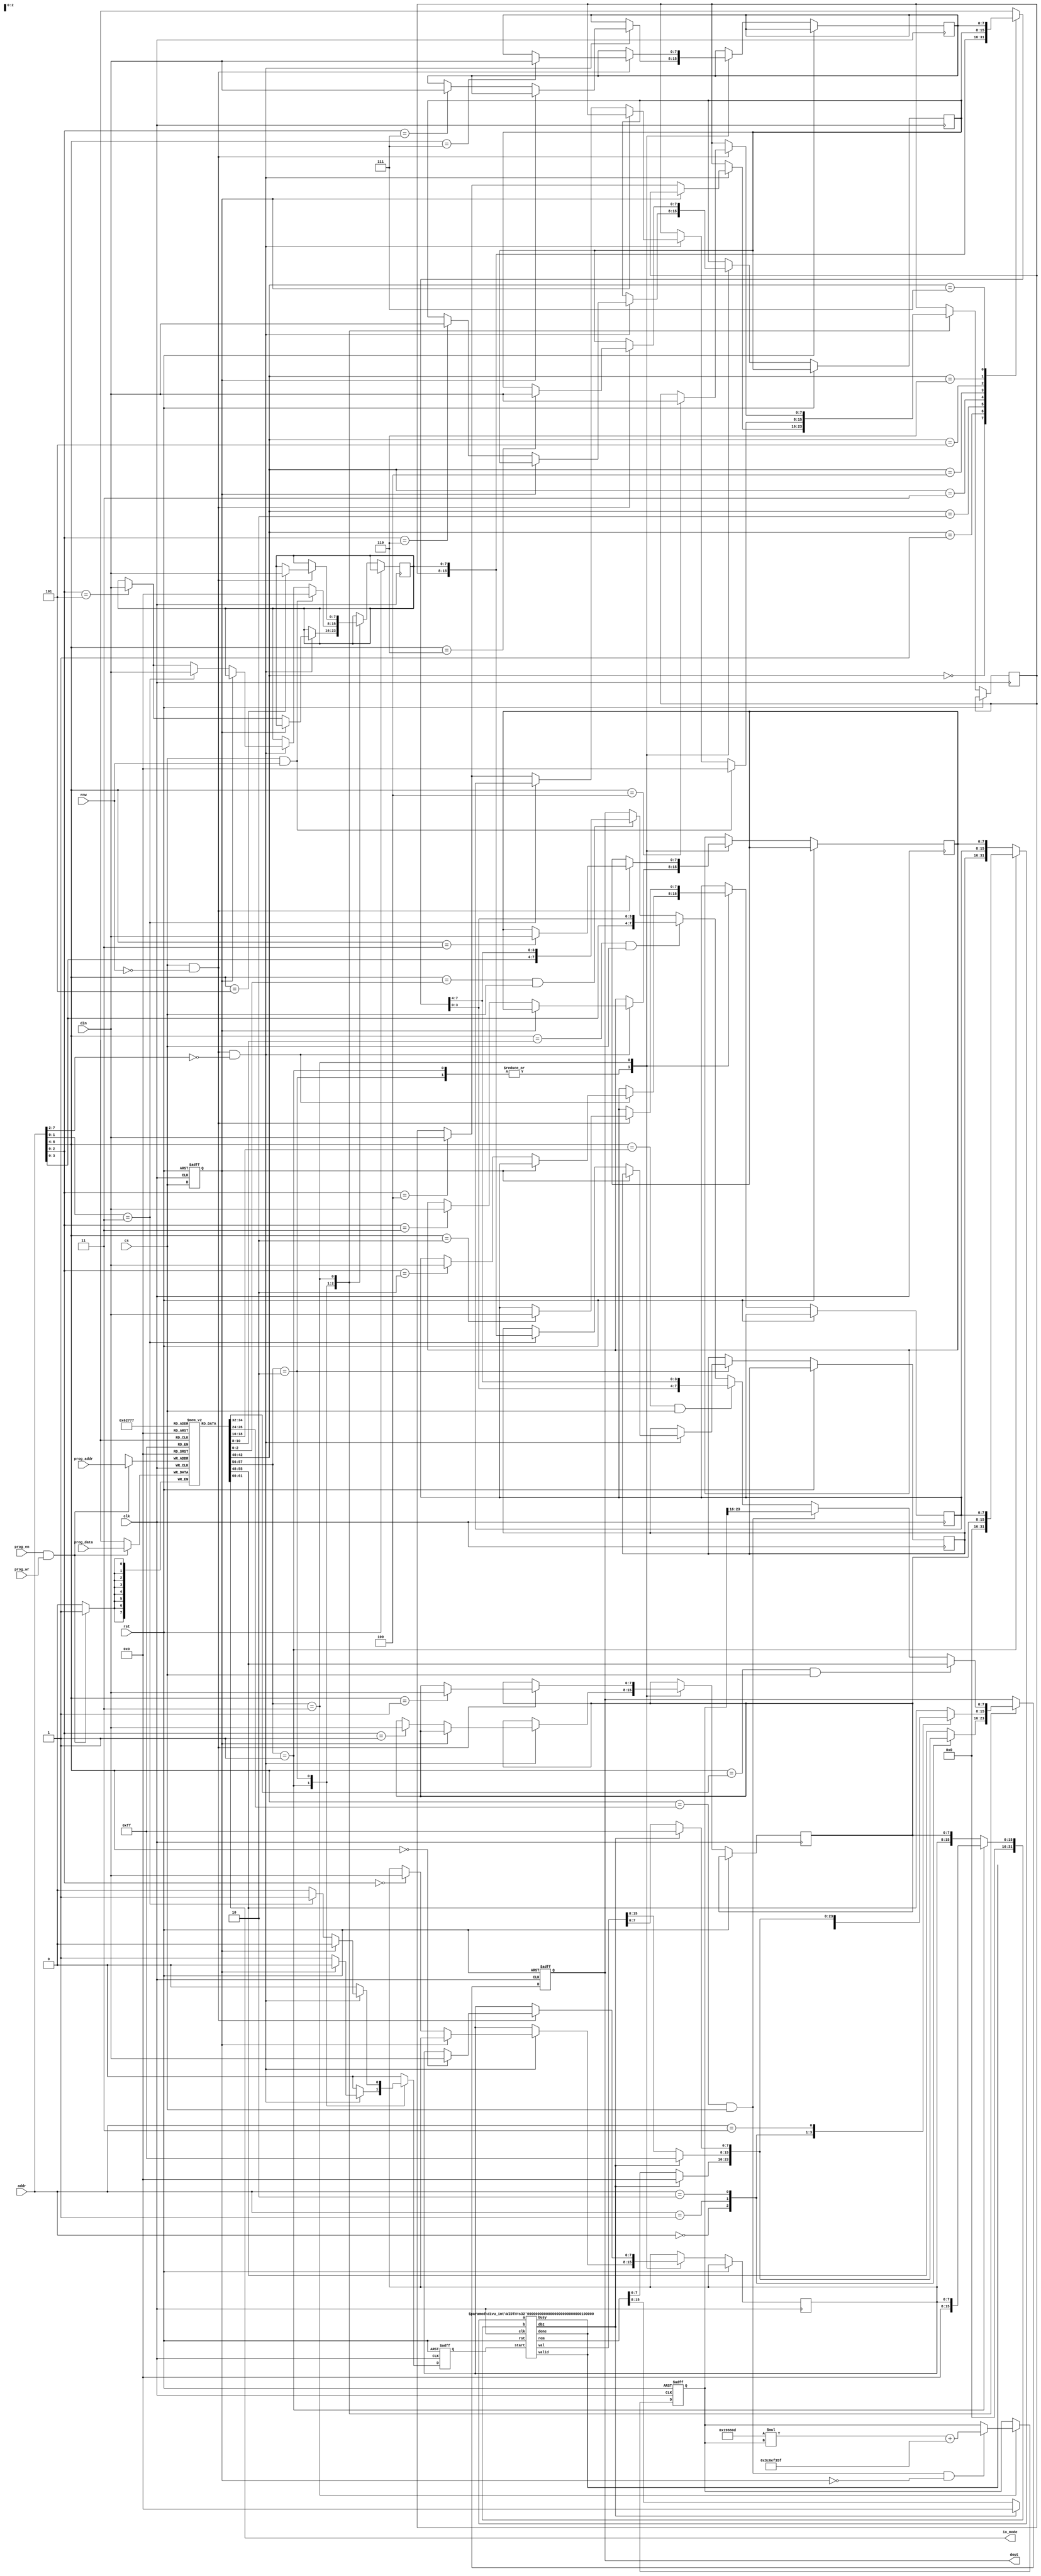
/*  This file is part of JTCORES.
    JTCORES program is free software: you can redistribute it and/or modify
    it under the terms of the GNU General Public License as published by
    the Free Software Foundation, either version 3 of the License, or
    (at your option) any later version.

    JTCORES program is distributed in the hope that it will be useful,
    but WITHOUT ANY WARRANTY; without even the implied warranty of
    MERCHANTABILITY or FITNESS FOR A PARTICULAR PURPOSE.  See the
    GNU General Public License for more details.

    You should have received a copy of the GNU General Public License
    along with JTCORES.  If not, see <http://www.gnu.org/licenses/>.

    Author: Jose Tejada Gomez. Twitter: @topapate
    Version: 1.0
    Date: 21-9-2023 */

// The implementation of the KEY chips follows MAME's namcos1_m.cpp
// These chips won't impact any timing accuracy
/* verilator tracing_on */
module jtshouse_key(
    input               rst,
    input               clk,

    input               cs,
    input               rnw,
    input         [7:0] addr,
    input         [7:0] din,
    output reg    [7:0] dout,

    input               prog_en,
    input               prog_wr,
    input         [2:0] prog_addr,
    input         [7:0] prog_data,

    output        [1:0] io_mode
);

// The random number generator follows MAME's implementation
// for the sake of comparing debug traces

reg  [7:0] cfg[0:7];
reg  [7:0] mmr[0:7];
reg  [5:0] sel;
wire [7:0] mmr_mux;
reg        up_rng, cs_l;

// for protection type 1/2
wire [31:0] quotient;
wire [31:0] remainder;
reg  [15:0] div_h;
reg         div_start;
wire        dbz;
wire [31:0] a = cfg[0][1:0] == 1 ? {16'h0, mmr[1], mmr[2]} : {div_h, mmr[2], mmr[3]};
wire [31:0] b = cfg[0][1:0] == 1 ? {24'h0, mmr[0]} : {16'h0, mmr[0], mmr[1]};

divu_int #(32) divu_int (
    .clk(clk),
    .rst(rst),
    .start(div_start),
    .busy(),
    .done(),
    .valid(),
    .dbz(dbz),
    .a(a),
    .b(b),
    .val(quotient),
    .rem(remainder)
);

assign io_mode = cfg[0][5:4];

integer i, rng, nx_rng;

assign mmr_mux = mmr[cfg[4][2:0]];

always @(posedge clk) begin
    if( prog_en & prog_wr ) cfg[prog_addr] <= prog_data;
end

// Random number generator. Should research the real one: https://github.com/jotego/jtcores/issues/363
// For now, I use JT51's LFSR
// reg [16:0] bb;
// assign rng = bb[16-:8];

// always @(posedge clk, posedge rst) begin : base_counter
//     if( rst ) begin
//         bb <= 14220;
//     end else if(up_rng) begin
//         bb[16:1] <= bb[15:0];
//         bb[0]    <= ~(bb[16]^bb[13]);
//     end
// end

always @* begin
    for(i=0;i<6;i=i+1) sel[i]=addr[6:4]==cfg[i+2][2:0] && cs;
    up_rng = sel[1] && !cs_l;
    nx_rng = 1664525 * rng + 1013904223;
end

always @(posedge clk or posedge rst) begin
    if(rst) begin
        dout    <= 0;
        cs_l    <= 0;
        rng     <= 'h9d14abd7;
        div_start <= 0;
    end else begin
        cs_l    <= cs;
        div_start <= 0;
        case (cfg[0][1:0]) // protection type
        1: begin
            if( cs && ~rnw && addr[7:2] == 0 ) begin
                if(!cs_l) begin
                    // $display("KEY: %X <- %X",addr[1:0], din);
                    mmr[addr[2:0]] <= din;
                    div_start <= 1;
                end
            end
            case (addr)
                0: dout <= dbz ? 8'h00 : remainder[7:0];
                1: dout <= dbz ? 8'hFF : quotient[15:8];
                2: dout <= dbz ? 8'hFF : quotient[7:0];
                default: dout <= cfg[1]; // key ID
            endcase
        end
        2: begin
            if( cs && ~rnw && addr[7:2] == 0 ) begin
                if(!cs_l) begin
                    // $display("KEY: %X <- %X",addr[1:0], din);
                    mmr[addr[2:0]] <= din;
                    if (addr[1:0] == 3) begin
                        div_h <= {mmr[4], mmr[5]};
                        div_start <= 1;
                        mmr[4] <= mmr[2]; // high word
                        mmr[5] <= din;
                    end
                end
            end
            if (cs && rnw) begin
                mmr[4] <= 0;
                mmr[5] <= 0;
            end
            case (addr)
                0: dout <= dbz ? 8'h00 : remainder[15:8];
                1: dout <= dbz ? 8'h00 : remainder[7:0];
                2: dout <= dbz ? 8'hFF : quotient[15:8];
                3: dout <= dbz ? 8'hFF : quotient[7:0];
                default: dout <= cfg[1]; // key ID
            endcase
        end
        3: begin
            if( cs && ~rnw ) begin
                // if(!cs_l) $display("KEY: %X <- %X",addr[6:4], din);
                mmr[addr[6:4]] <= din;
            end
            if( up_rng ) rng <= nx_rng;
            // do not use "case" to avoid Quartus warning
                 if( sel[0] ) dout <= cfg[1];     // key ID
            else if( sel[1] ) dout <= rng[16+:8]; // Random Number Generator
            else if( sel[3] ) dout <= { mmr_mux[3:0], mmr_mux[7:4] }; // swap nibbles
            else if( sel[4] ) dout <= { addr[3:0], mmr_mux[3:0] };    // lower nibble
            else if( sel[5] ) dout <= { addr[3:0], mmr_mux[7:4] };    // upper nibble
        end
        default: ;
        endcase
    end
end

// `ifdef SIMULATION
// reg [2:0] addrl;
// reg       rnwl;

// always @(posedge clk) begin
//     addrl <= addr[6:4];
//     rnwl  <= rnw;
//     if( !cs && cs_l && rnwl ) begin
//         $display("KEY: %X => %X",addrl, dout);
//     end
// end
// `endif

endmodule


// https://projectf.io/posts/division-in-verilog/
module divu_int #(parameter WIDTH=5) ( // width of numbers in bits
    input  clk,              // clock
    input  rst,              // reset
    input  start,            // start calculation
    output reg busy,         // calculation in progress
    output reg done,         // calculation is complete (high for one tick)
    output reg valid,        // result is valid
    output reg dbz,          // divide by zero
    input  [WIDTH-1:0] a,    // dividend (numerator)
    input  [WIDTH-1:0] b,    // divisor (denominator)
    output reg [WIDTH-1:0] val,  // result value: quotient
    output reg [WIDTH-1:0] rem   // result: remainder
    );

    reg [WIDTH-1:0] b1;             // copy of divisor
    reg [WIDTH-1:0] quo, quo_next;  // intermediate quotient
    reg [WIDTH:0] acc, acc_next;    // accumulator (1 bit wider)
    reg [$clog2(WIDTH):0] i;        // iteration counter

    // division algorithm iteration
    always @(*) begin
        if (acc >= {1'b0, b1}) begin
            acc_next = acc - b1;
            {acc_next, quo_next} = {acc_next[WIDTH-1:0], quo, 1'b1};
        end else begin
            {acc_next, quo_next} = {acc, quo} << 1;
        end
    end

    // calculation control
    always @(posedge clk) begin
        done <= 0;
        if (start) begin
            valid <= 0;
            i <= 0;
            if (b == 0) begin  // catch divide by zero
                busy <= 0;
                done <= 1;
                dbz <= 1;
            end else begin
                busy <= 1;
                dbz <= 0;
                b1 <= b;
                {acc, quo} <= {{WIDTH{1'b0}}, a, 1'b0};  // initialize calculation
            end
        end else if (busy) begin
            if (i == WIDTH-1) begin  // we're done
                busy <= 0;
                done <= 1;
                valid <= 1;
                val <= quo_next;
                rem <= acc_next[WIDTH:1];  // undo final shift
            end else begin  // next iteration
                i <= i + 1'd1;
                acc <= acc_next;
                quo <= quo_next;
            end
        end
        if (rst) begin
            busy <= 0;
            done <= 0;
            valid <= 0;
            dbz <= 0;
            val <= 0;
            rem <= 0;
        end
    end
endmodule